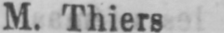
M. Thiers